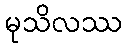
မုသိလဿ